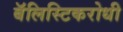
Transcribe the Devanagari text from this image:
बॅलिस्टिकरोधी